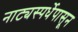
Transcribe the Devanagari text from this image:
नाट्यस्पर्धेपासून